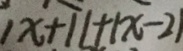
\vert x + 1 \vert + \vert x - 2 \vert